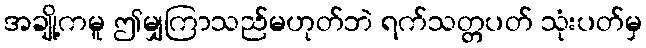
အချို့ကမူ ဤမျှကြာသည်မဟုတ်ဘဲ ရက်သတ္တပတ် သုံးပတ်မှ